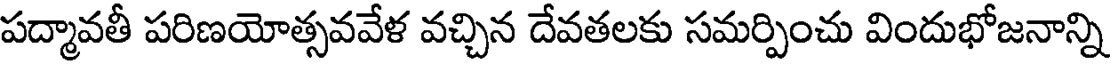
పద్మావతీ పరిణయోత్సవవేళ వచ్చిన దేవతలకు సమర్పించు విందుభోజనాన్ని